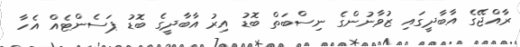
ރާއްޖޭގެ އާބާދީގައި ޒުވާނުންގެ ނިސްބަތް ބޮޑު އިރު އާބާދީގެ ބޮޑު ޕަސެންޓެއް އެހާ